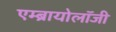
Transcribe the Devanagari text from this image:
एम्ब्रायोलाॅजी